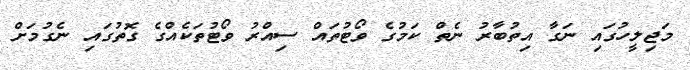
މަޖިލީހުގައި ނަގާ އިތުބާރު ނެތް ކަމުގެ ވޯޓުތައް ސިއްރު ވޯޓުތަކެއްގެ ގޮތުގައި ނެގުމަށް